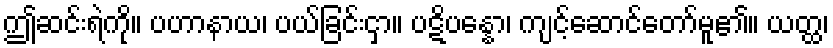
ဤဆင်းရဲကို။ ပဟာနာယ၊ ပယ်ခြင်းငှာ။ ပဋိပန္နော၊ ကျင့်ဆောင်တော်မူ၏။ ယတ္ထ၊